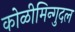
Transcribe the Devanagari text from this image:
कोळीमिन्गुदल